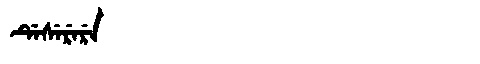
Manchu: ᡩᡝᠰᡝᡵᡝᡵᡝ
Romanization: DESERERE